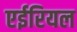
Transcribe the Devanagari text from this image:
एईरियल